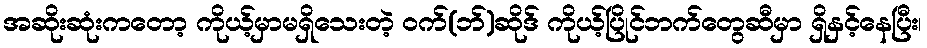
အဆိုးဆုံးကတော့ ကိုယ့်မှာမရှိသေးတဲ့ ဝက်(ဘ်)ဆိုဒ် ကိုယ့်ပြိုင်ဘက်တွေဆီမှာ ရှိနှင့်နေပြီး၊